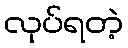
လုပ်ရတဲ့